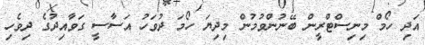
އަދި ހޯމް މިނިސްޓްރީން ބޭނުންވުމުން މިދިޔަ ހޯމަ ދުވަހު އަސާސީ ގަވާއިދުގެ ދިވެހި